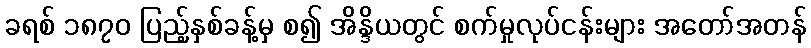
ခရစ် ၁၈၇၀ ပြည့်နှစ်ခန့်မှ စ၍ အိန္ဒိယတွင် စက်မှုလုပ်ငန်းများ အတော်အတန်